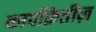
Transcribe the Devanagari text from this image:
कार्पोक्रेतीज़